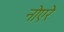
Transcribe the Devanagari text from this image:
नोएरे